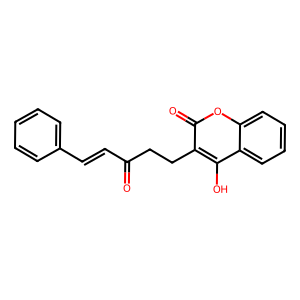
SMILES: O=C(C=Cc1ccccc1)CCc1c(O)c2ccccc2oc1=O
Inhibits HIV replication: No